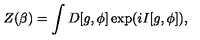
Z ( \beta ) = \int D [ g , \phi ] \exp ( i I [ g , \phi ] ) ,